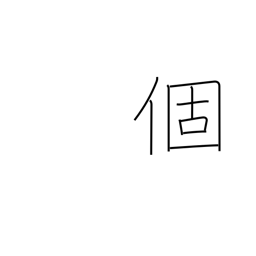
Meaning: individual